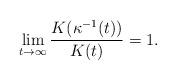
LaTeX: \begin{align*} \lim_{t\to\infty} \frac{K(\kappa^{-1}(t))}{K(t)}=1.\end{align*}